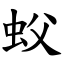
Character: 蚥